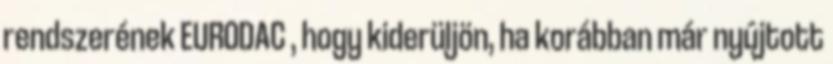
rendszerének EURODAC , hogy kiderüljön, ha korábban már nyújtott